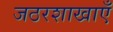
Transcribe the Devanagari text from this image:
जठरशाखाएँ